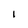
Character: I